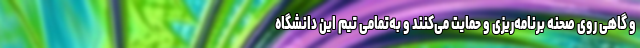
و گاهی روی صحنه برنامه‌ریزی و حمایت می‌کنند و به‌تمامی تیم این دانشگاه